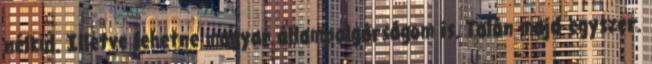
nélkül. Illetve lehetne magyar állampolgárságom is. Talán majd egyszer.